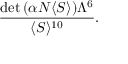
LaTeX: \frac { \mathrm { d e t } \, ( \alpha N \langle S \rangle ) \Lambda ^ { 6 } } { \langle S \rangle ^ { 1 0 } } .